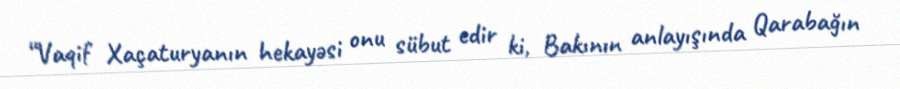
“Vaqif Xaçaturyanın hekayəsi onu sübut edir ki, Bakının anlayışında Qarabağın